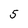
Character: 5